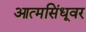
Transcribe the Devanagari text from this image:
आत्मसिंधूवर